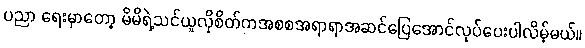
ပညာ ရေးမှာတော့ မိမိရဲ့သင်ယူလိုစိတ်ကအစစအရာရာအဆင်ပြေအောင်လုပ်ပေးပါလိမ့်မယ်။